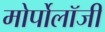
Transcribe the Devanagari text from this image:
मोर्पोलॉजी